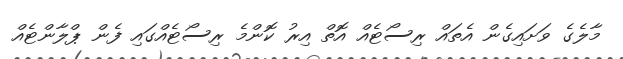
މާލެގެ ވަށައިގެން އެތައް ރިސޯޓެއް އޮތް އިރު ކޮންމެ ރިސޯޓެއްގައި ފެން ޕްލާންޓެއް